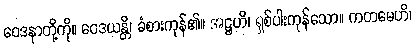
ဝေဒနာတို့ကို။ ဝေဒယန္တိ၊ ခံစားကုန်၏။ အဋ္ဌဟိ၊ ရှစ်ပါးကုန်သော။ ကတမေဟိ၊